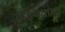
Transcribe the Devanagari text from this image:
वाङ्‍मयावर